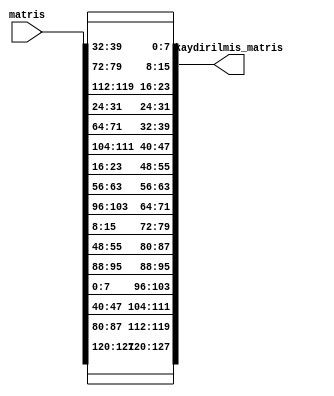
`timescale 1ns / 1ps

module Satir_Kaydirma(
        input [127:0] matris,
        output reg [127:0] kaydirilmis_matris
    );

    reg [31:0] satir0, satir1, satir2, satir3;
    reg [31:0] y_satir0, y_satir1, y_satir2, y_satir3;
    
    
    always @* begin
    
    satir0 = matris[127 : 96];
    satir1 = matris[95 : 64];
    satir2 = matris[63 : 32];
    satir3 = matris[31:0];
    
    y_satir0 ={satir0[31:24], satir1[23:16], satir2[15:8], satir3[7:0]};
    y_satir1 ={satir1[31:24], satir2[23:16], satir3[15:8], satir0[7:0]};
    y_satir2 ={satir2[31:24], satir3[23:16], satir0[15:8], satir1[7:0]};
    y_satir3 ={satir3[31:24], satir0[23:16], satir1[15:8], satir2[7:0]};
    
    kaydirilmis_matris = {y_satir0, y_satir1, y_satir2, y_satir3};
    end
 endmodule